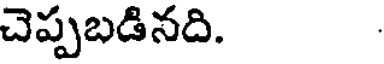
చెప్పబడినది.